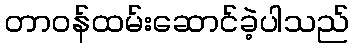
တာဝန်ထမ်းဆောင်ခဲ့ပါသည်